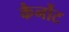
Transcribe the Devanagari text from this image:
कैर्नोट